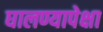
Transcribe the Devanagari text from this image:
घालण्यापेक्षा